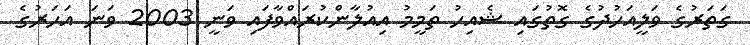
ގަތަރުގެ ވަލީއަހުދުގެ ގޮތުގައި ޝެއިހު ތަމީމު އިއުލާންކުރައްވާފައި ވަނީ 2003 ވަނަ އަހަރުގެ